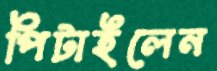
পিটাইলেন